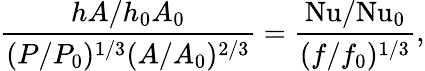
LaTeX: \frac{hA/h_{0}A_{0}}{(P/P_{0})^{1/3}(A/A_{0})^{2/3}}=\frac{\mathrm{Nu}/\mathrm{Nu}_{0}}{(f/f_{0})^{1/3}},